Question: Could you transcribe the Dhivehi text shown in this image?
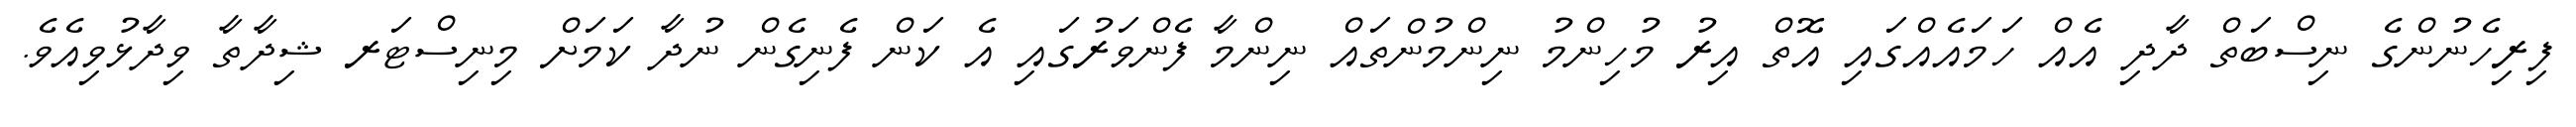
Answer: ފިރިހެނުންގެ ނިސްބަތް ދާދި އެއް ހަމައެއްގައި އޮތް އިރު މުހިންމު ނިންމުންތައް ނިންމާ ފެންވަރުގައި އެ ކަން ފެނިގެން ނުދާ ކަމަށް މިނިސްޓަރ ޝިދާތާ ވިދާޅުވިއެވެ.